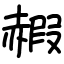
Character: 赮